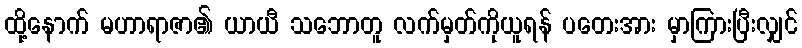
ထို့နောက် မဟာရာဇာ၏ ယာယီ သဘောတူ လက်မှတ်ကိုယူရန် ပတေးအား မှာကြားပြီးလျှင်